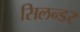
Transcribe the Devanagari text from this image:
सिलन्डर